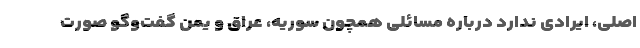
اصلی، ایرادی ندارد درباره مسائلی همچون سوریه، عراق و یمن گفت‌وگو صورت